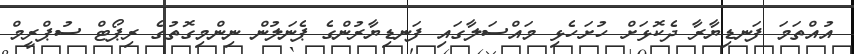
އުއްތަމަ ފަނޑިޔާރާ ދެކޮޅަށް ހުށަހެޅި މައްސަލާގައި ފަނޑިޔާރުންގެ ޕެނަލުން ނިންމިގޮތުގެ ރިޕޯޓް ސުޕްރީމް